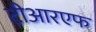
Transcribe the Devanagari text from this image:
टीआरएफ